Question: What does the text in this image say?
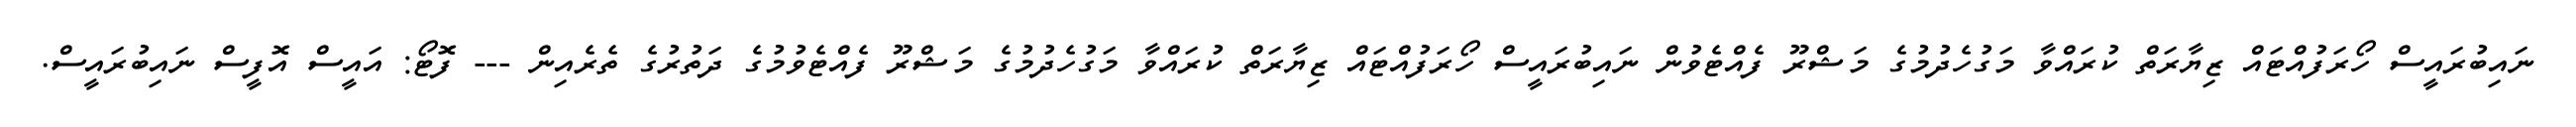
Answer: ނައިބުރައީސް ހޯރަފުއްޓައް ޒިޔާރަތް ކުރައްވާ މަގުހެދުމުގެ މަޝްރޫ ފެއްޓެވުން ނައިބުރައީސް ހޯރަފުއްޓައް ޒިޔާރަތް ކުރައްވާ މަގުހެދުމުގެ މަޝްރޫ ފެއްޓެވުމުގެ ދަތުރުގެ ތެރެއިން --- ފޮޓޯ: އައީސް އޮފީސް ނައިބުރައީސް.